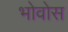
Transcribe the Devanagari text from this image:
भोवोस